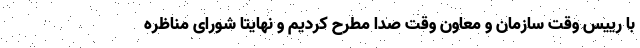
با رییس وقت سازمان و معاون وقت صدا مطرح کردیم و نهایتا شورای مناظره